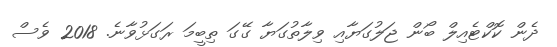
ދެން ކޮކްޓެއިލް ބޯން ޖަލުގަޔާއި ވިލާތުގަޔާ ގޭގަ ތިބީމަ ރަގަޅުވާނެ. 2018 ވެސް